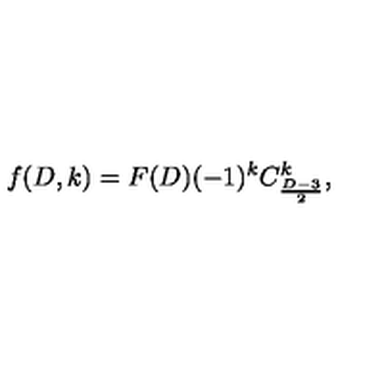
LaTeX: f ( D , k ) = F ( D ) ( - 1 ) ^ { k } C _ { \frac { D - 3 } { 2 } } ^ { k } ,